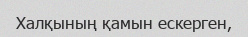
Халқының қамын ескерген,